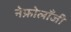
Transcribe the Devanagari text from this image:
नेफ्रोलॉंजी